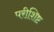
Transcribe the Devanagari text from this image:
परीशिष्ट